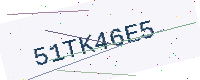
Text: 51TK46E5